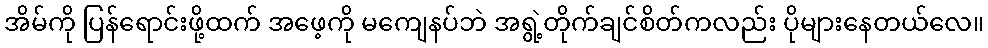
အိမ်ကို ပြန်ရောင်းဖို့ထက် အဖေ့ကို မကျေနပ်ဘဲ အရွဲ့တိုက်ချင်စိတ်ကလည်း ပိုများနေတယ်လေ။